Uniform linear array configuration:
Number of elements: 16
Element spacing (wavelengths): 0.5
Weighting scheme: hann
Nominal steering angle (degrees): -30
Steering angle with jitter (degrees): -30.439
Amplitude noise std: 0.05
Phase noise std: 0.05

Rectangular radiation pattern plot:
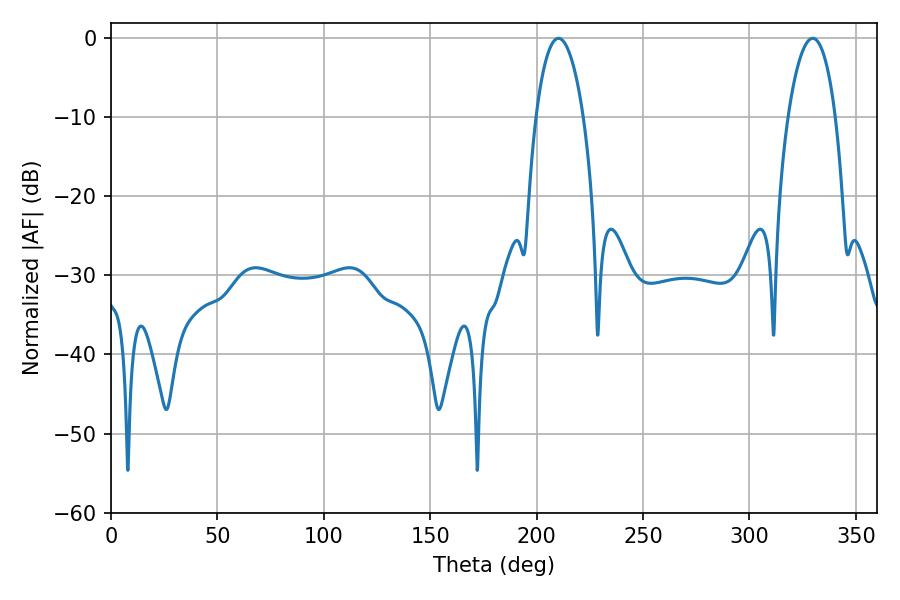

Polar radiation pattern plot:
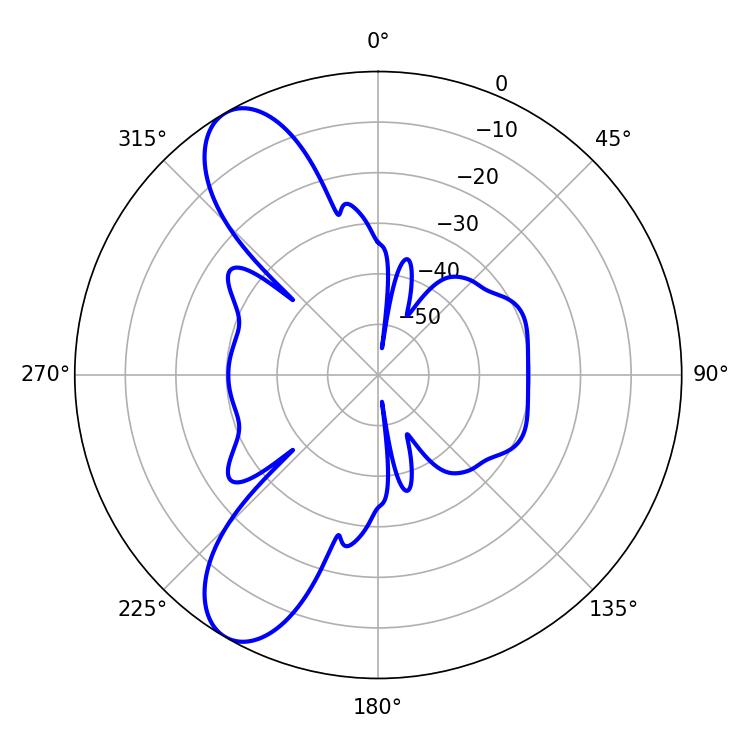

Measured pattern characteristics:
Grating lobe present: FALSE
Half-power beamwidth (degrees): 12.6
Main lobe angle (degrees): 210.24